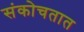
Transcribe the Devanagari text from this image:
संकोचतात